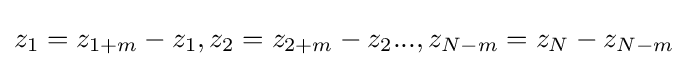
z_{1}=z_{1+m}-z_{1},z_{2}=z_{2+m}-z_{2}...,z_{N-m}=z_{N}-z_{N-m}